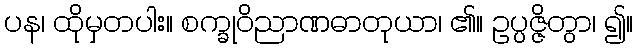
ပန၊ ထိုမှတပါး။ စက္ခုဝိညာဏဓာတုယာ၊ ၏။ ဥပ္ပဇ္ဇိတွာ၊ ၍။